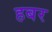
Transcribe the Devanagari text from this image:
हबर